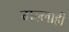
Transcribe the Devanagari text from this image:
मल्लाही